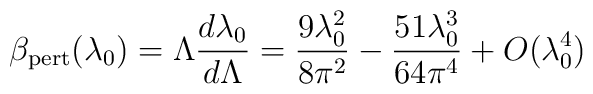
\beta_{\mathrm{pert}}(\lambda_0)=\Lambda{{d\lambda_0}\over{d\Lambda}}={{9\lambda^2_0}\over{8\pi^2}}- {{51\lambda^3_0}\over{64\pi^4}}+O(\lambda^4_0)